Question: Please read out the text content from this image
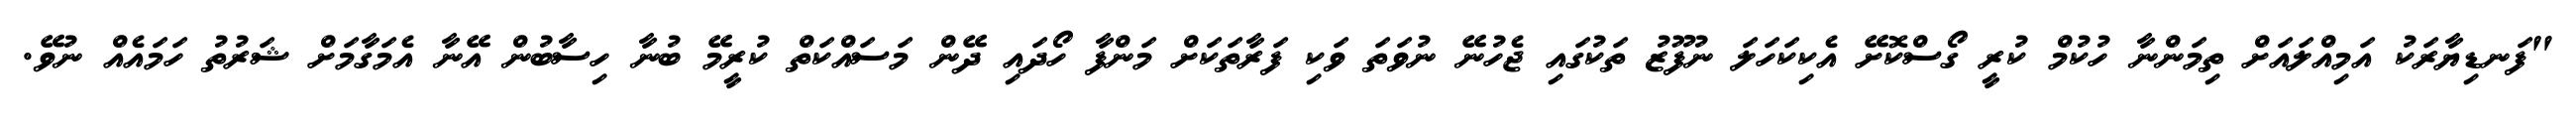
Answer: "ފަނޑިޔާރަކު އަމިއްލައަށް ތިމަންނާ ހުކުމް ކުރީ ގޯސްކޮށޭ އެކިކަހަލަ ނުފޫޒު ތަކުގައި ޖެހުނޭ ނުވަތަ ވަކި ފަރާތަކަށް މަންފާ ހޯދައި ދޭން މަސައްކަތް ކުރީމޭ ބުނާ ހިސާބުން އޭނާ އެމަގާމަށް ޝަރުތު ހަމައެއް ނުވޭ.